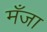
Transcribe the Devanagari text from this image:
मँजा